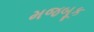
મજબૂક